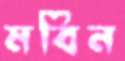
মবিন